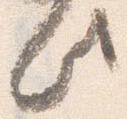
此